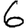
Digit: 6